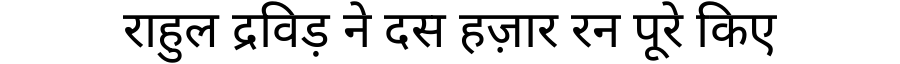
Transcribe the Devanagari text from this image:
राहुल द्रविड़ ने दस हज़ार रन पूरे किए